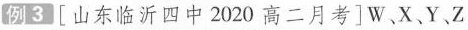
例3[山东临沂四中2020高二月考]W.X.Y.Z